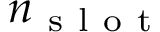
n _ { \mathrm { ~ s ~ l ~ o ~ t ~ } }